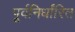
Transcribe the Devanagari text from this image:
पूर्वनिर्धांरित